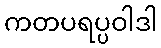
ကတပရပ္ပဝါဒါ